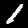
Digit: 1